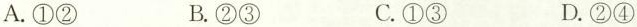
A.①② B.②③ C.①③ D.②④